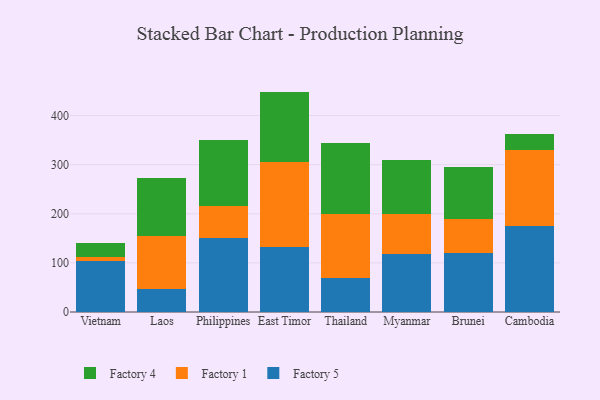
{"axis": {"x": "Country", "y": "Demand Index"}, "legend": ["Factory 1", "Factory 4", "Factory 5"], "data": [{"x": "Vietnam", "y": 102.9, "type": "Factory 5"}, {"x": "Vietnam", "y": 9.5, "type": "Factory 1"}, {"x": "Vietnam", "y": 28.4, "type": "Factory 4"}, {"x": "Laos", "y": 47.2, "type": "Factory 5"}, {"x": "Laos", "y": 108.2, "type": "Factory 1"}, {"x": "Laos", "y": 116.8, "type": "Factory 4"}, {"x": "Philippines", "y": 150.6, "type": "Factory 5"}, {"x": "Philippines", "y": 64.5, "type": "Factory 1"}, {"x": "Philippines", "y": 135.5, "type": "Factory 4"}, {"x": "East Timor", "y": 133.0, "type": "Factory 5"}, {"x": "East Timor", "y": 172.1, "type": "Factory 1"}, {"x": "East Timor", "y": 143.7, "type": "Factory 4"}, {"x": "Thailand", "y": 68.5, "type": "Factory 5"}, {"x": "Thailand", "y": 130.4, "type": "Factory 1"}, {"x": "Thailand", "y": 145.2, "type": "Factory 4"}, {"x": "Myanmar", "y": 117.8, "type": "Factory 5"}, {"x": "Myanmar", "y": 82.1, "type": "Factory 1"}, {"x": "Myanmar", "y": 109.0, "type": "Factory 4"}, {"x": "Brunei", "y": 121.1, "type": "Factory 5"}, {"x": "Brunei", "y": 68.6, "type": "Factory 1"}, {"x": "Brunei", "y": 106.3, "type": "Factory 4"}, {"x": "Cambodia", "y": 174.4, "type": "Factory 5"}, {"x": "Cambodia", "y": 156.0, "type": "Factory 1"}, {"x": "Cambodia", "y": 31.4, "type": "Factory 4"}]}